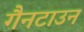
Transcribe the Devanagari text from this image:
गैनटाउन